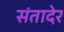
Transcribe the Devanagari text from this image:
संतादेर